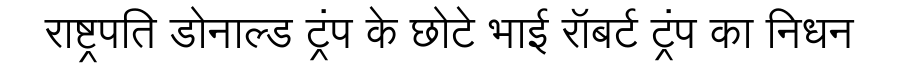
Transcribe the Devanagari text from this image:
राष्ट्रपति डोनाल्ड ट्रंप के छोटे भाई रॉबर्ट ट्रंप का निधन